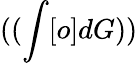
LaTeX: ((\int[o]dG))